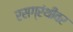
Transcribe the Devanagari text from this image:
रसग्रंथींवर